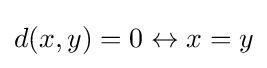
d(x,y)=0\leftrightarrow x=y